Vaccination in Bombay 1902-1912 - 1902-1912
Year: 1902
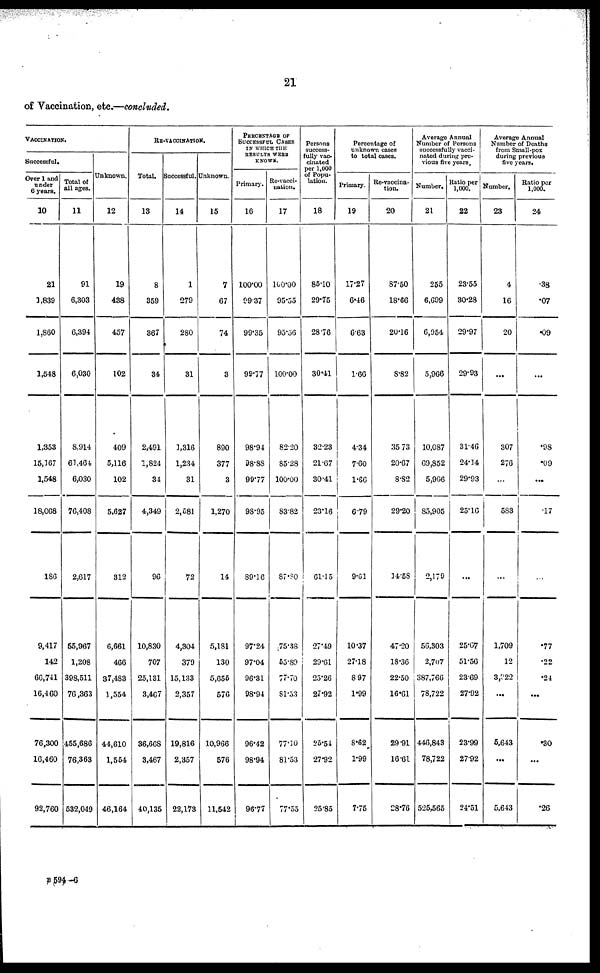
21
of Vaccination, etc.—concluded.
VACCINATION.
Successful.
Over 1 and
under
6 years.
10
21
1,839
1,860
1,548
1,353
15,367
1,548
18,068
186
9,417
142
66,741
16,460
76,300
16,460
92,760
Total of
all ages.
11
91
6,303
6,394
6,030
8,914
61,464
6,030
76,408
2,617
55,967
1,208
398,511
76,363
455,686
76,363
532,049
Unknown.
12
19
438
457
102
409
5,116
102
5,627
312
6,661
466
37,483
1,554
44,610
1,554
46,164
RE-VACCINATION.
Total.
13
8
359
367
34
2,491
1,824
34
4,349
96
10,830
707
25,131
3,467
36,668
3,467
40,135
Successful.
14
1
279
280
31
1,316
1,234
31
2,581
72
4,304
379
15,133
2,357
19,816
2,357
22,173
Unknown.
15
7
67
74
3
890
377
3
1,270
14
5,181
130
5,655
576
10,966
576
11,542
PERCENTAGE OF
SUCCESSFUL CASES
IN WHICH THE
RESULTS WERE
KNOWN.
Primary.
16
100.00
99.37
99.35
99.77
98.94
98.88
99.77
98.95
89.16
97.24
97.04
96.31
98.94
96.42
98.94
96.77
Re-vacci¬
nation.
17
100.00
95.55
95.56
100.00
82.20
85.28
100.00
83.82
87.80
75.38
55.89
77.70
81.53
77.10
81.53
77.55
Persons
success-
fully vac-
cinated
per 1,000
of Popu-
lation.
18
85.10
29.75
28.76
30.41
32.23
21.67
30.41
23.16
61.15
27.49
29.61
25.26
27.92
25.54
27.92
25.85
Percentage of
unknown cases
to total cases.
Primary.
19
17.27
6.46
6.63
1.66
4.34
7.60
1.66
6.79
9.61
10.37
27.18
8.97
1.99
8.62
1.99
7.75
Re-vaccina-
tion.
20
87.50
18.66
20.16
8.82
35.73
20.67
8.82
29.20
14.58
47.20
18.36
22.50
16.61
29.91
16.6.
28.76
Average Annual
Number of Persons
successfully vacci-
nated during pre-
vious five years.
Number.
21
255
6,699
6,954
5,966
10,087
69,852
5,966
85,905
2,179
56,303
2,707
387,766
78,722
446,843
78,722
525,565
Ratio per
1,000.
22
23.55
30.28
29.97
29.93
31.46
24.14
29.93
25.16
...
25.67
51.56
23.69
27.92
23.99
27.92
24.51
Average Annual
Number of Deaths
from Small-pox
during previous
five years.
Number.
23
4
16
20
...
307
276
...
583
...
1,709
12
3,922
...
5,643
...
5,643
Ratio per
1,000.
24
.38
.07
.09
...
.98
.09
...
.17
...
.77
.22
.24
...
.30
...
.26
B 594—6